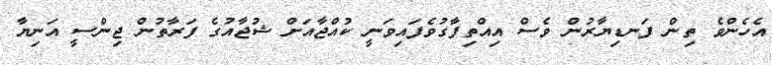
އެހެންވެ ތިން ފަނޑިޔާރުން ވެސް އިއްތިފާގުވެފައިވަނީ ކުއްޖާއަަށް ޝުޖާއުގެ ފަރާތުން ޖިންސީ އަނިޔާ